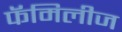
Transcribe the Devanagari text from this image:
फॅमिलीज